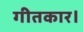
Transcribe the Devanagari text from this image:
गीतकार।